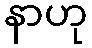
နာဟု